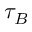
\tau _ { B }